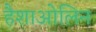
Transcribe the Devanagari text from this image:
हैशाओलिन